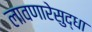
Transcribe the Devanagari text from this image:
लावणारेसुद्धा